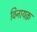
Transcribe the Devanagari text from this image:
विनायक़